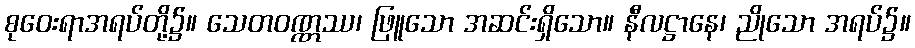
စုဝေးရာအရပ်တို့၌။ သေတဝဏ္ဏဿ၊ ဖြူသော အဆင်းရှိသော။ နီလဋ္ဌာနေ၊ ညိုသော အရပ်၌။